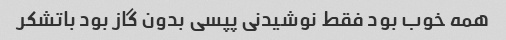
همه خوب بود فقط نوشیدنی پپسی بدون گاز بود باتشکر